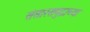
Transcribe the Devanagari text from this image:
संसारसमुद्राच्या